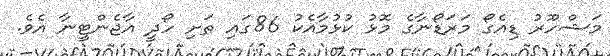
މަޝްހޫރު ޑިއެގޯ މަރަޑޯނާގެ މޮޅު ކުޅުމާއެކު 86ގައި ތަށި ހޯދީ އާޖެންޓީނާ އެވެ.